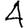
Digit: 4